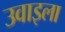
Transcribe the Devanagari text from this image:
उवाइला